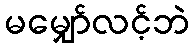
မမျှော်လင့်ဘဲ